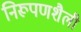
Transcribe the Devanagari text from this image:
निरूपणशैली